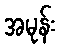
အမုန်း